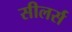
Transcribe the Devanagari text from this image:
सीलर्स